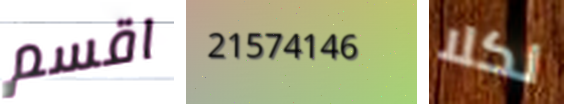
اقسم 21574146 لكلا